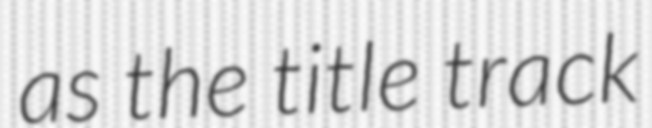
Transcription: as the title track